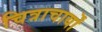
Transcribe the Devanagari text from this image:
चित्राचार्यों